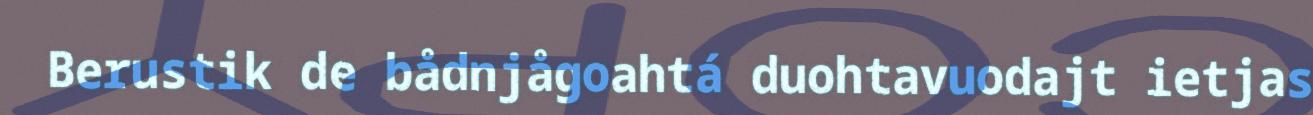
Berustik de bådnjågoahtá duohtavuodajt ietjas